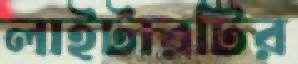
লাইটারটির